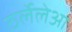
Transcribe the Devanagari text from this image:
ठर्लेलेआ